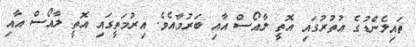
ތައިލެންޑުގެ އުތުރުގައި އޮތީ ލާއޯސް އާއި ބަރުމާއެވެ. އިރުމަތީގައި އޮތީ ލާއޯސް އާއި